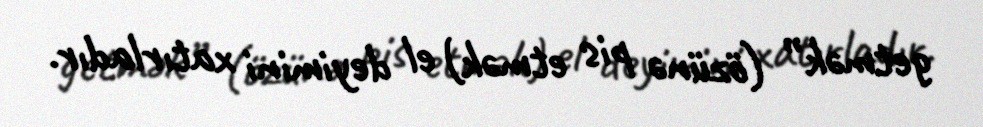
getmək” (özünə pis etmək) el deyimini xatırladır.